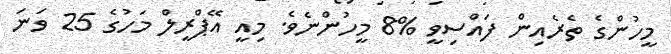
މީހުންގެ ތެރެއިން ފައްސިވީ %8 މީހުންނެވެ. މިއީ އޭޕްރީލް މަހުގެ 25 ވަނަ